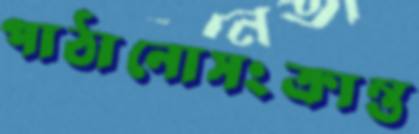
পাঠানোসংক্রান্ত